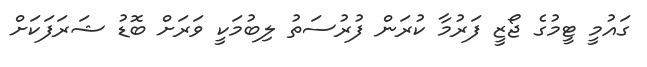
ގައުމީ ޓީމުގެ ޖޯޒީ ފަރުމާ ކުރަން ފުރުސަތު ލިބުމަކީ ވަރަށް ބޮޑު ޝަރަފަކަށް